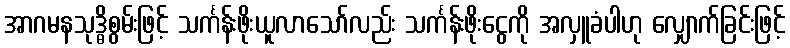
အာဂမနသုဒ္ဓိစွမ်းဖြင့် သင်္ကန်းဖိုးယူလာသော်လည်း သင်္ကန်းဖိုးငွေကို အလှူခံပါဟု လျှောက်ခြင်းဖြင့်